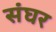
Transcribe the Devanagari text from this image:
संघर